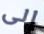
إلى